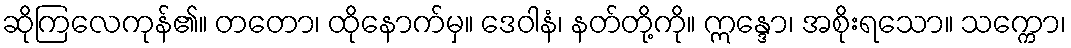
ဆိုကြလေကုန်၏။ တတော၊ ထိုနောက်မှ။ ဒေဝါနံ၊ နတ်တို့ကို။ ဣန္ဒော၊ အစိုးရသော။ သက္ကော၊